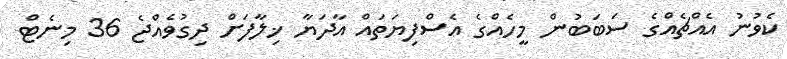
ކެވުނު އެއްޗެއްގެ ސަބަބުން މީހެއްގެ އެސްފިޔަތައް އާދަޔާ ޚިލާފަށް ދިގުވެއްޖެ 36 މިނެޓް